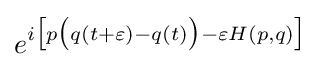
e^{i{\big [}p{\big (}q(t+\varepsilon )-q(t){\big )}-\varepsilon H(p,q){\big ]}}